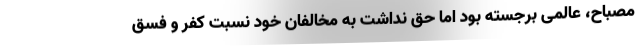
مصباح، عالمی برجسته بود اما حق نداشت به مخالفان خود نسبت کفر و فسق